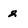
Character: 2